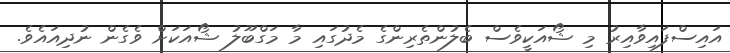
އައިސްފައިވާއިރު މި ޝޯއަކީވެސް ބެލުންތެރިންގެ މެދުގައި މާ މަގްބޫލު ޝޯއަކަށް ވެގެން ނުދިއައެވެ.